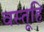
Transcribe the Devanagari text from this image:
वस्तूहि